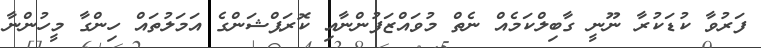
ފަރުވާ ކުޑަކުރާ ނޫނީ ގާބިލްކަމެއް ނެތް މުވައްޒަފުންނާއި ކޮރަޕްޝަންގެ އަމަލުތައް ހިންގާ މީހުންނާ